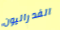
الفدراليون